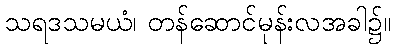
သရဒသမယံ၊ တန်ဆောင်မုန်းလအခါ၌။